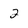
Character: 2